Document type: Sale
Year: 1423
Scribe: Joan Franc
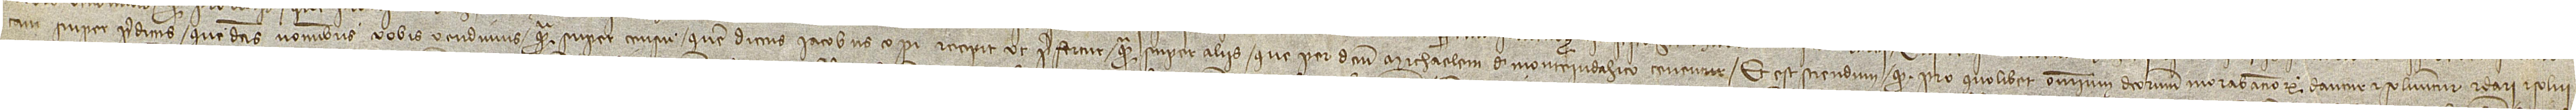
tam super predictis que dictis nominibus vobis vendimus quam super censu quem dictus Iacobus Copi recipit, ut prefertur, quam super aliis que per dictum Michaelem de Monteiudahico tenentur. Et est sciendum quod pro quolibet omnium dictorum morabatinorum dantur et solvuntur et dari et solvi